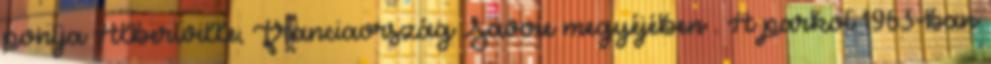
pontja Albertville, Franciaország Savoie megyéjében . A parkot 1963-ban